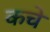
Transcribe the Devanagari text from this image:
कचे